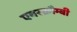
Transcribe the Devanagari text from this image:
एबरक्रौम्बी